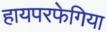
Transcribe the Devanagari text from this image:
हायपरफेगिया